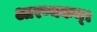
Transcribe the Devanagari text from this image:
आरण्यकम्।